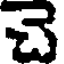
చె